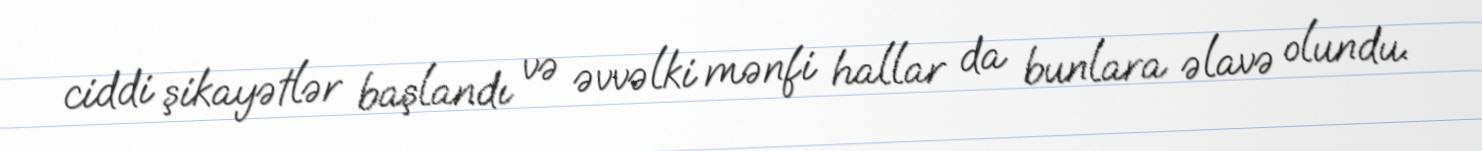
ciddi şikayətlər başlandı və əvvəlki mənfi hallar da bunlara əlavə olundu.